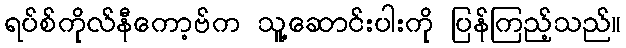
ရပ်စ်ကိုလ်နီကော့ဗ်က သူ့ဆောင်းပါးကို ပြန်ကြည့်သည်။